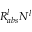
R _ { a b s } ^ { l } N ^ { l }